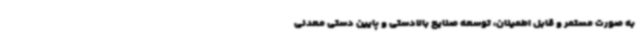
به صورت مستمر و قابل اطمینان، توسعه صنایع بالادستی و پایین دستی معدنی